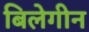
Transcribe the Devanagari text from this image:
बिलेगीन